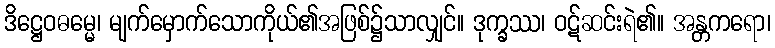
ဒိဋ္ဌေဝဓမ္မေ၊ မျက်မှောက်သောကိုယ်၏အဖြစ်၌သာလျှင်။ ဒုက္ခဿ၊ ဝဋ်ဆင်းရဲ၏။ အန္တကရော၊